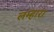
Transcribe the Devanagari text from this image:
लम्हारा